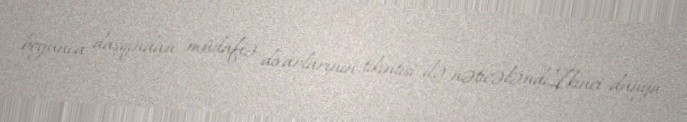
boyunca daşqından müdafiə divarlarının tikintisi ilə nəticələndi.İkinci dünya